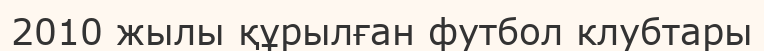
2010 жылы құрылған футбол клубтары